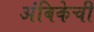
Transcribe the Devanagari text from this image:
अंबिकेची